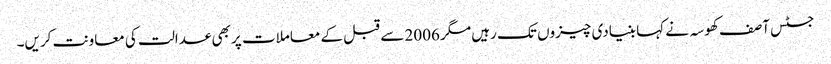
جسٹس آصف کھوسہ نے کہا بنیادی چیزوں تک رہیں مگر 2006 سے قبل کے معاملات پر بھی عدالت کی معاونت کریں۔